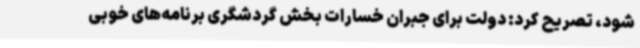
شود، تصریح کرد: دولت برای جبران خسارات بخش گردشگری برنامه‌های خوبی